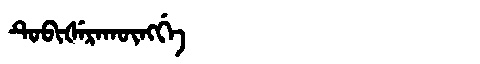
Manchu: ᡨᡠᠪᡳᡧᡝᡵᠠᡴᡡᠩᡤᡝ
Romanization: TUBIŠERAKŪNGGE